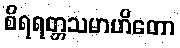
စိရရတ္တသမာဟိတော